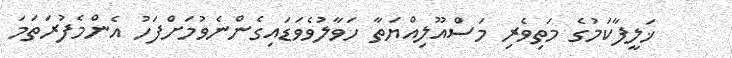
ޚަލީފާކަމުގެ މަތިވެރި މަސްއޫލިއްޔަތާ ހަވާލުވެވަޑައިގެންނެވުމަށްފަހު އެންމެފުރަތަމަ